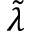
\tilde { \lambda }